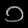
Digit: ၁